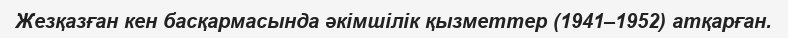
Жезқазған кен басқармасында әкімшілік қызметтер (1941–1952) атқарған.